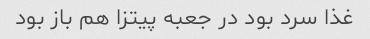
غذا سرد بود در جعبه پیتزا هم باز بود